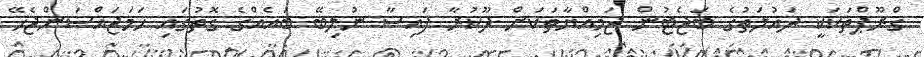
ގްރޫޕްތަކަކީ ދައުލަތުގެ ބަޖެޓުން ޖަމިއްޔާތަކަށް ދޫކުރާ ފައިސާ ނުލިބޭ ބައެއްގެ ގޮތުގައި ހަމަޖައްސަންޖެހޭ